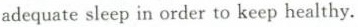
adequatesleep in order to keep healthy.